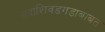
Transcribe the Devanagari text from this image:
सदाशिवडगडाबाबत